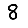
Digit: 8